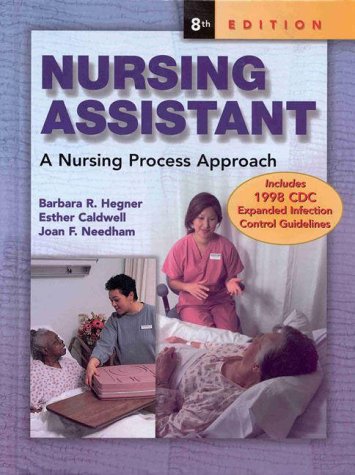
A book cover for Nursing Assistant: A Nursing Process Approach (HC); Barbara Hegner; Medical Books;